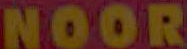
NOOR